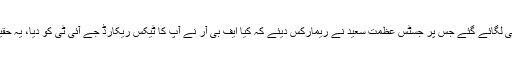
وکیل طارق حسن نے کہا کہ 2008 اور2009 میں اثاثوں میں اضافے کے الزامات بھی لگائے گئے جس پر جسٹس عظمت سعید نے ریمارکس دیئے کہ کیا ایف بی آر نے آپ کا ٹیکس ریکارڈ جے آئی ٹی کو دیا، یہ حقیقت ہے کہ ایف بھی آر نے جے آئی ٹی کو اس دورانیہ کا ٹیکس ریٹرن ریکارڈ نہیں دیا۔